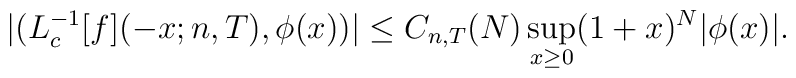
|(L_{c}^{- 1}[f](-x; n,T),\phi (x))| \leq C_{n,T}(N)\sup_{x \geq 0} (1 + x)^{N} |\phi (x)| .